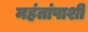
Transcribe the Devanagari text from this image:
महंतांपाशी